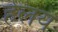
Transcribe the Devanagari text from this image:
हेलय